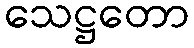
သေဋ္ဌတော